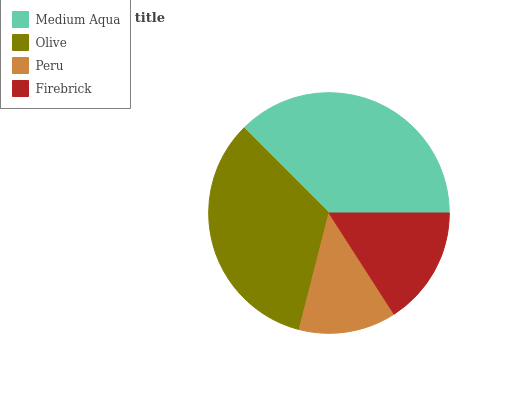
| Medium Aqua | Olive | Peru | Firebrick |
 | --- | --- | --- | --- |
 | 37.5% | 33.5% | 13.1% | 15.9% |